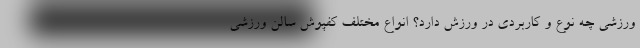
ورزشی چه نوع و کاربردی در ورزش دارد؟ انواع مختلف کفپوش سالن ورزشی